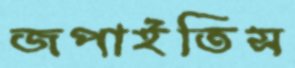
জপাইতিস